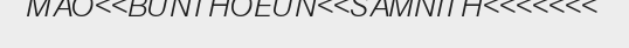
MAO<<BUNTHOEUN<<SAMNITH<<<<<<<